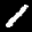
Label: 1